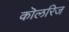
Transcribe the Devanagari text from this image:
कॊलरिज